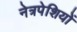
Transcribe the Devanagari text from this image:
नेत्रपेशियों